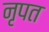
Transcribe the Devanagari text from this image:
नृपत